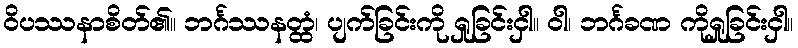
ဝိပဿနာစိတ်၏။ ဘင်္ဂဿနတ္ထံ၊ ပျက်ခြင်းကို ရှုခြင်းငှါ။ ဝါ၊ ဘင်္ဂခဏ ကိုရှုခြင်းငှါ။